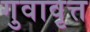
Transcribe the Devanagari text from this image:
गुवावृत्त